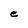
Character: e